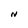
Character: N